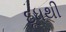
દૂધથી